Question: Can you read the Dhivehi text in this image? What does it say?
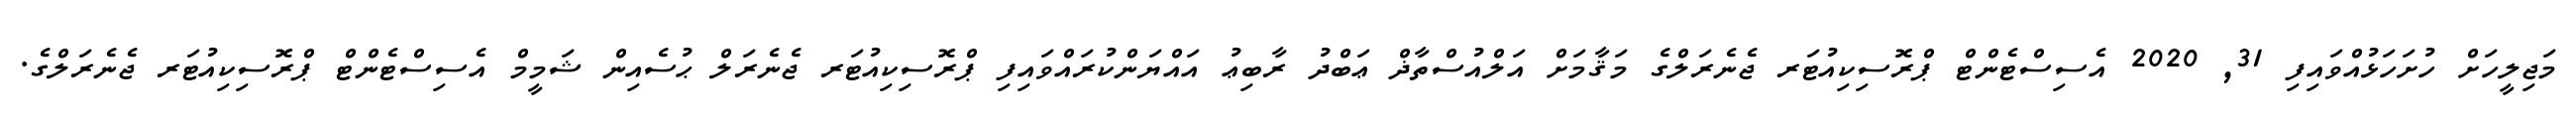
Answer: މަޖިލީހަށް ހުށަހަޅުއްވައިފި 31, 2020 އެސިސްޓެންޓް ޕްރޮސިކިއުޓަރ ޖެނެރަލްގެ މަޤާމަށް އަލްއުސްތާޛް ޢަބްދު ރާބިޢު އައްޔަންކުރައްވައިފި ޕްރޮސިކިއުޓަރ ޖެނެރަލް ޙުސެއިން ޝަމީމް އެސިސްޓެންޓް ޕްރޮސިކިއުޓަރ ޖެނެރަލްގެ.